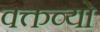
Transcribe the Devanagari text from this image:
वक्तव्यो